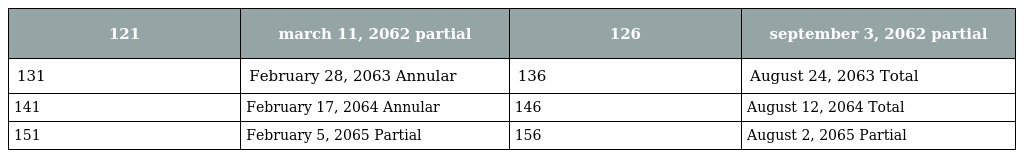
| 121 | march 11, 2062 partial | 126 | september 3, 2062 partial |
 | --- | --- | --- | --- |
 | 131 | February 28, 2063 Annular | 136 | August 24, 2063 Total |
 | 141 | February 17, 2064 Annular | 146 | August 12, 2064 Total |
 | 151 | February 5, 2065 Partial | 156 | August 2, 2065 Partial |